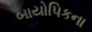
બાયોપિકના